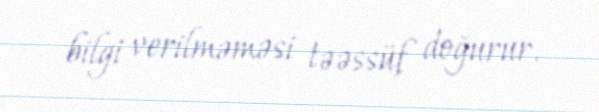
bilgi verilməməsi təəssüf doğurur.